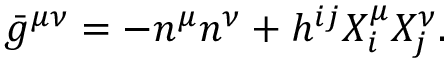
{ } \bar { g } ^ { \mu \nu } = - n ^ { \mu } n ^ { \nu } + h ^ { i j } X _ { i } ^ { \mu } X _ { j } ^ { \nu } .